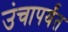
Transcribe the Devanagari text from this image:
उंचापर्यंत